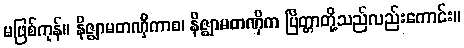
မဖြစ်ကုန်။ နိဇ္ဈာမတဏှိကာစ၊ နိဇ္ဈာမတဏှိက ပြိတ္တာတို့သည်လည်းကောင်း။